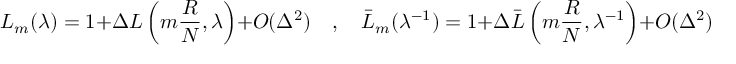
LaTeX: L _ { m } ( \lambda ) = 1 + \Delta { \cal L } \left( m \frac { R } { N } , \lambda \right) + O ( \Delta ^ { 2 } ) \quad , \quad \bar { L } _ { m } ( \lambda ^ { - 1 } ) = 1 + \Delta \bar { \cal L } \left( m \frac { R } { N } , \lambda ^ { - 1 } \right) + O ( \Delta ^ { 2 } ) \, ,